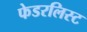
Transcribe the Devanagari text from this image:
फेडरलिस्ट